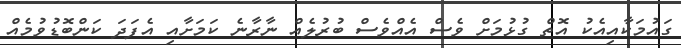
ގައުމަކާއިއެކު އޮތް ގުޅުމަށް ވެސް އެއްވެސް ބުރުލެއް ނާރާނެ ކަމަށާއި އެފަދަ ކަންބޮޑުވުމެއް